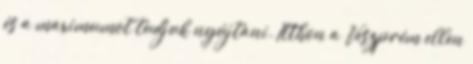
és a maximumot tudjuk nyújtani. Itthon a Veszprém ellen